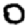
Digit: 0